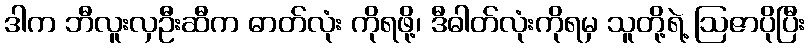
ဒါက ဘီလူးလှဦးဆီက ဓာတ်လုံး ကိုရဖို့၊ ဒီဓါတ်လုံးကိုရမှ သူတို့ရဲ့ ဩဇာပိုပြီး